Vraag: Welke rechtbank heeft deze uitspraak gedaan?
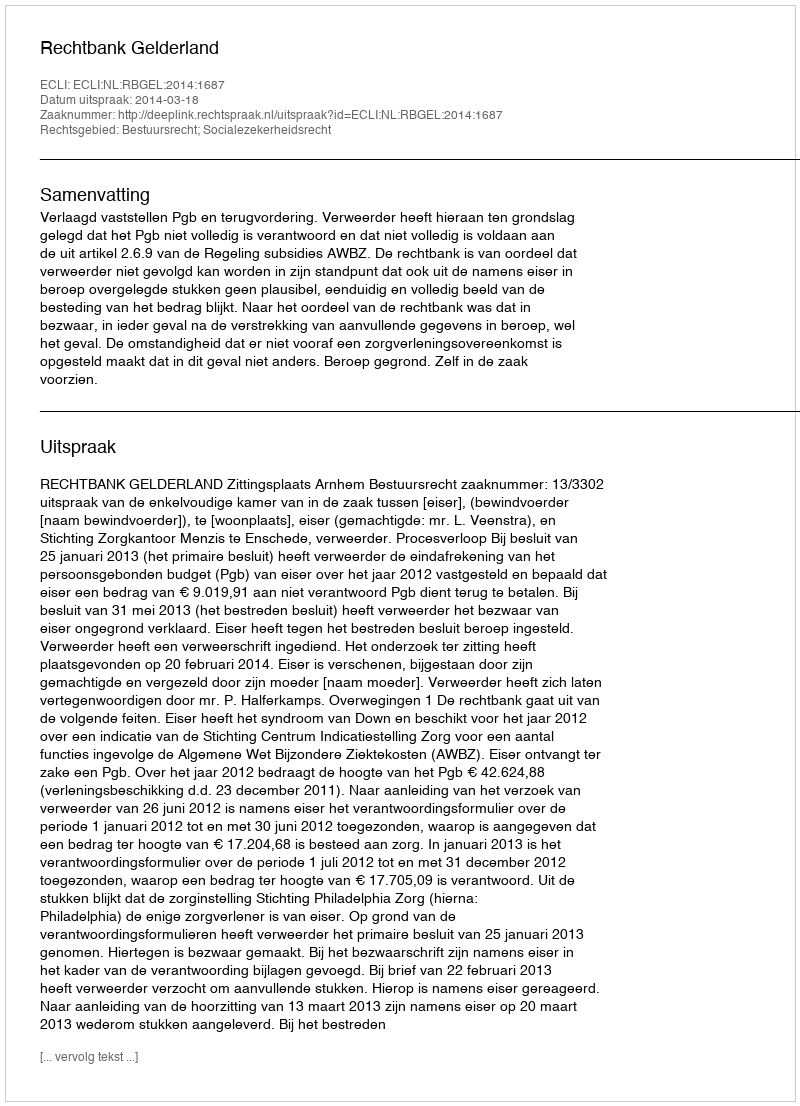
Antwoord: Rechtbank Gelderland